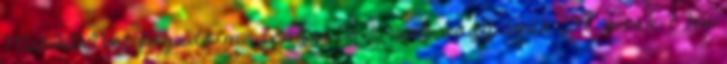
MATAVNet fogado modemjei 56-k-sak vagy csak 33.6-osak ? Ha